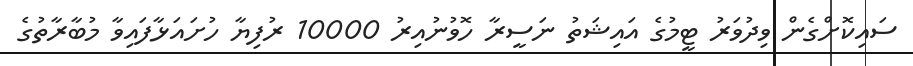
ސައިކޮށްގެން ވިދުވަރު ޓީމުގެ އައިޝަތު ނަސީރާ ހޮވުނުއިރު 10000 ރުފިޔާ ހުށައަޅާފައިވާ މުބާރާތުގެ